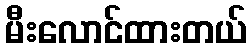
မီးလောင်ထားတယ်